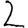
Digit: 2